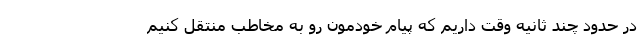
در حدود چند ثانیه وقت داریم که پیام خودمون رو به مخاطب منتقل کنیم